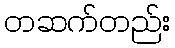
တဆက်တည်း